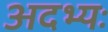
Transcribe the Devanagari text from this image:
अदभ्यः